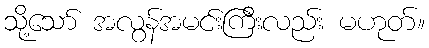
သို့သော် အလွန်အမင်းကြီးလည်း မဟုတ်။